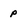
Character: p